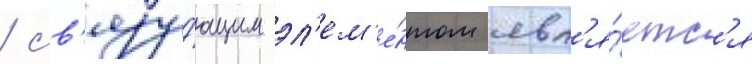
/ св'язу́ющим эл'ем'е́нтом явл'я́етс'я